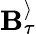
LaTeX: \mathbf{B}_{\tau}^{\rangle}